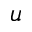
u